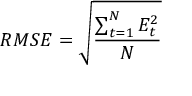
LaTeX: \ R M S E = { \sqrt { \frac { \sum _ { t = 1 } ^ { N } { E _ { t } ^ { 2 } } } { N } } }